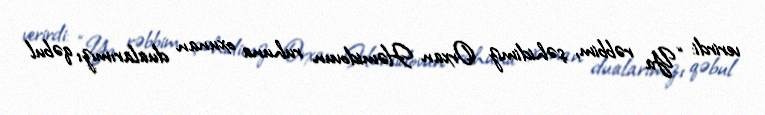
verirdi: “Ya rəbbim, şəhidimiz Orxan Həmidovun ruhuna oxunan dualarımızı qəbul